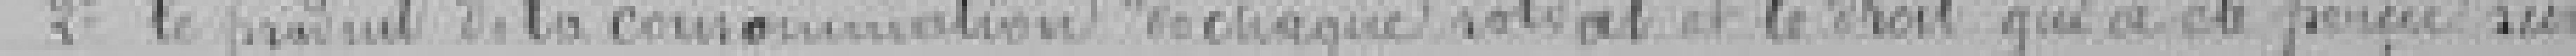
2° Le produit de la consommation de chaque soldat et le droit qui a été perçu sur